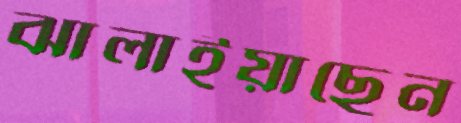
ঝালাইয়াছেন